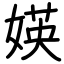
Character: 媖